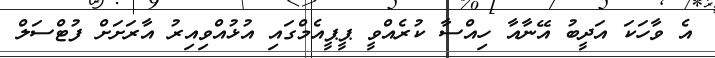
އެ ވާހަކަ އަދީބު އޭނާއާ ހިއްސާ ކުރެއްވީ ޕީޕީއެމްގައި އުޅުއްވިއިރު އާރަށަށް ފުޓްސަލް